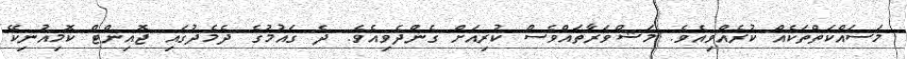
މަސައްކަތްތަކެއް ކުރެއްވިއެވެ. މަޝްވަރާތައްވެސް ކުރިއަށް ގެންދެވިއެވެ. ދެ ގައުމުގެ ދެމެދުގައި ޖޮއިންޓް ކޮމިއުނިކޭ